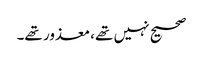
صحیح نہیں تھے، معذور تھے۔